Indian journal of veterinary science and animal husbandry - Volume 3,
Year: 1933
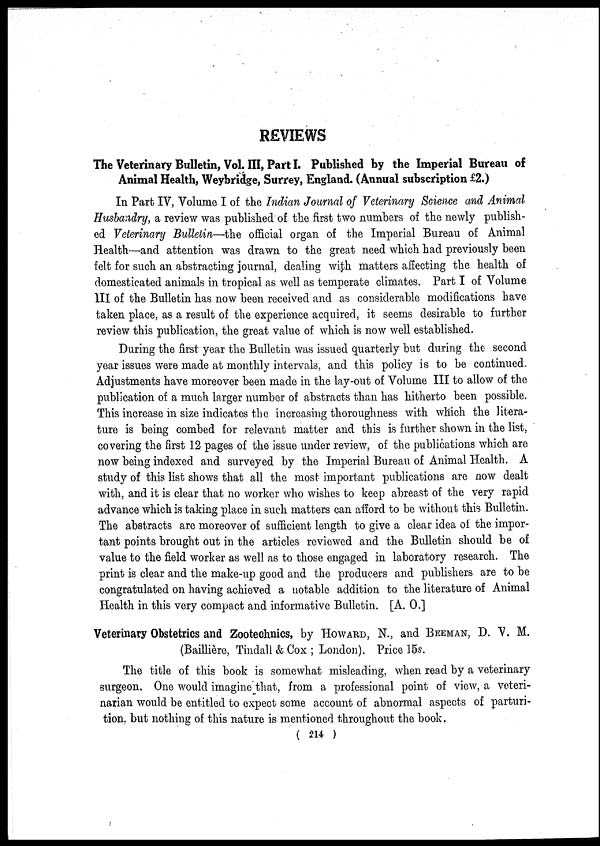
REVIEWS
The Veterinary Bulletin, Vol. III, Part I. Published by the Imperial Bureau of
Animal Health, Weybridge, Surrey, England. (Annual subscription £2.)
In Part IV, Volume I of the Indian Journal of Veterinary Science and Animal
Husbandry, a review was published of the first two numbers of the newly publish-
ed Veterinary Bulletin—the official organ of the Imperial Bureau of Animal
Health—and attention was drawn to the great need which had previously been
felt for such an abstracting journal, dealing with matters affecting the health of
domesticated animals in tropical as well as temperate climates. Part I of Volume
III of the Bulletin has now been received and as considerable modifications have
taken place, as a result of the experience acquired, it seems desirable to further
review this publication, the great value of which is now well established.
During the first year the Bulletin was issued quarterly but during the second
year issues were made at monthly intervals, and this policy is to be continued.
Adjustments have moreover been made in the lay-out of Volume III to allow of the
publication of a much larger number of abstracts than has hitherto been possible.
This increase in size indicates the increasing thoroughness with which the litera-
ture is being combed for relevant matter and this is further shown in the list,
covering the first 12 pages of the issue under review, of the publications which are
now being indexed and surveyed by the Imperial Bureau of Animal Health. A
study of this list shows that all the most important publications are now dealt
with, and it is clear that no worker who wishes to keep abreast of the very rapid
advance which is taking place in such matters can afford to be without this Bulletin.
The abstracts are moreover of sufficient length to give a clear idea of the impor-
tant points brought out in the articles reviewed and the Bulletin should be of
value to the field worker as well as to those engaged in laboratory research. The
print is clear and the make-up good and the producers and publishers are to be
congratulated on having achieved a notable addition to the literature of Animal
Health in this very compact and informative Bulletin. [A. O.]
Veterinary Obstetrics and Zootechnics, by HOWARD, N., and BEEMAN, D. V. M.
(Baillière, Tindall & Cox ; London). Price 15s.
The title of this book is somewhat misleading, when read by a veterinary
surgeon. One would imagine that, from a professional point of view, a veteri-
narian would be entitled to expect some account of abnormal aspects of parturi-
tion, but nothing of this nature is mentioned throughout the book.
( 214 )